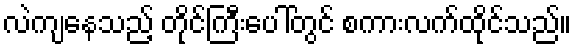
လဲကျနေသည့် တိုင်ကြီးပေါ်တွင် စကားလက်ထိုင်သည်။